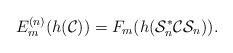
LaTeX: \begin{align*}E_m^{(n)} (h(\mathcal C))= F_m(h(\mathcal S_n^* \mathcal C \mathcal S_n)).\end{align*}